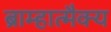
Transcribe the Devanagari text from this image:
ब्राम्हात्मैक्य